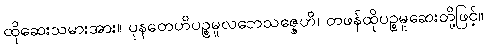
ထိုဆေးသမားအား။ ပုနတေဟိပဉ္စမူလဘေသဇ္ဇေဟိ၊ တဖန်ထိုပဉ္စမူဆေးတို့ဖြင့်။